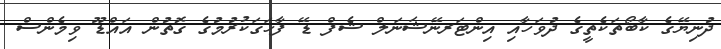
ދުނިޔޭގެ ކާބޯތަކެތީގެ ދުވަހާއި އިންޓަރނޭޝަނަލް ޝެފް ޑޭ ފާހަގަކުރުމުގެ ގޮތުން އައްޑޫ ވިމެންސް